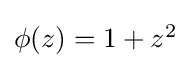
{\textstyle \phi (z)=1+z^{2}}